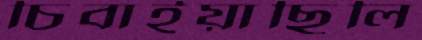
চিবাইয়াছিলি